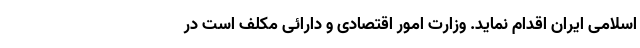
اسلامی ایران اقدام نماید. وزارت امور اقتصادی و دارائی مکلف است در